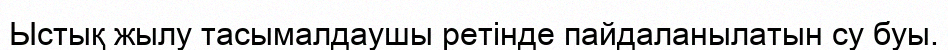
Ыстық жылу тасымалдаушы ретінде пайдаланылатын су буы.